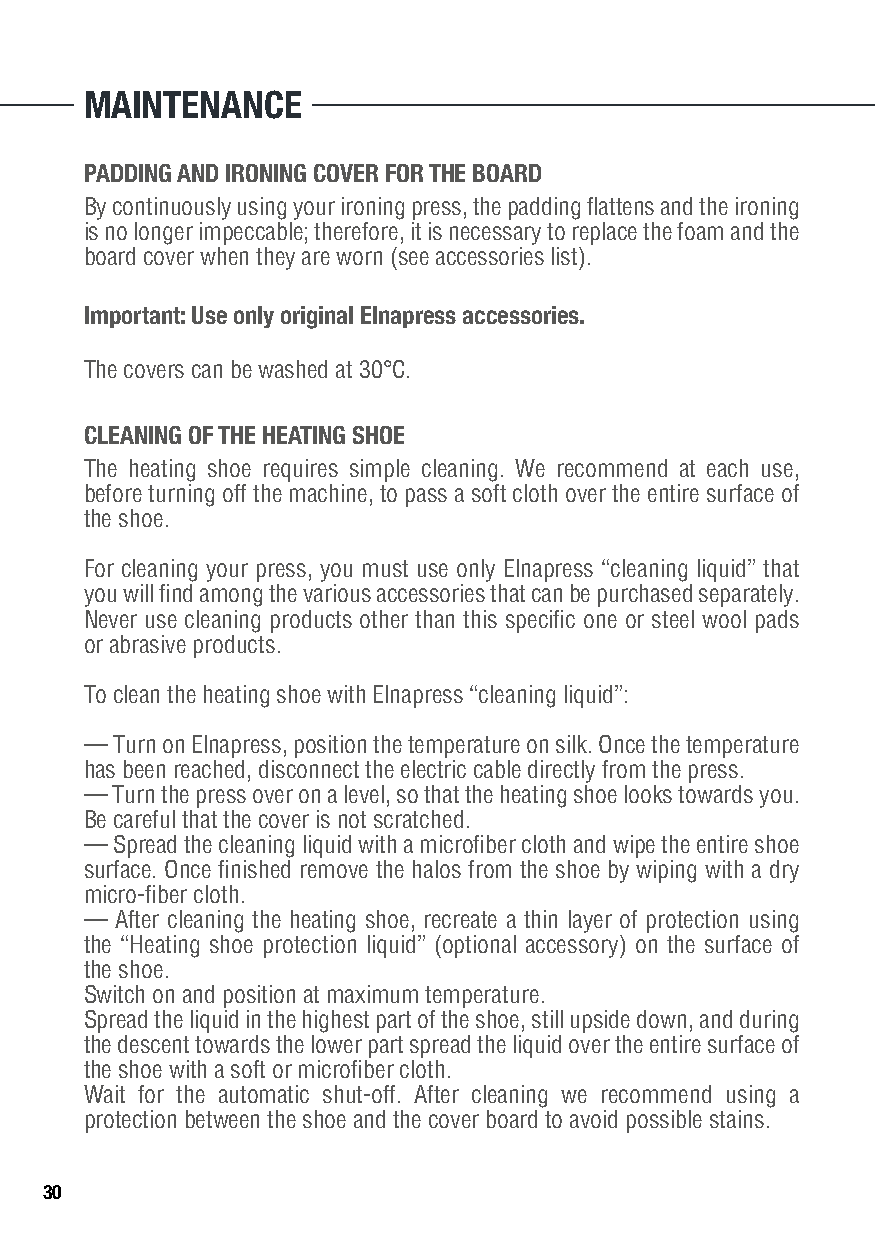
MAINTENANCE
 PADDING AND IRONING COVER FOR THE BOARD
 By continuously using your ironing press, the padding flattens and the ironing
 is no longer impeccable; therefore, it is necessary to replace the foam and the
 board cover when they are worn (see accessories list).
 Important: Use only original Elnapress accessories.
 The covers can be washed at 30°C.
 CLEANING OF THE HEATING SHOE
 The heating shoe requires simple cleaning. We recommend at each use,
 before turning off the machine, to pass a soft cloth over the entire surface of
 the shoe.
 For cleaning your press, you must use only Elnapress “cleaning liquid” that
 you will find among the various accessories that can be purchased separately.
 Never use cleaning products other than this specific one or steel wool pads
 or abrasive products.
 To clean the heating shoe with Elnapress “cleaning liquid”:
 — Turn on Elnapress, position the temperature on silk. Once the temperature
 has been reached, disconnect the electric cable directly from the press.
 — Turn the press over on a level, so that the heating shoe looks towards you.
 Be careful that the cover is not scratched.
 — Spread the cleaning liquid with a microfiber cloth and wipe the entire shoe
 surface. Once finished remove the halos from the shoe by wiping with a dry
 micro-fiber cloth.
 — After cleaning the heating shoe, recreate a thin layer of protection using
 the “Heating shoe protection liquid” (optional accessory) on the surface of
 the shoe.
 Switch on and position at maximum temperature.
 Spread the liquid in the highest part of the shoe, still upside down, and during
 the descent towards the lower part spread the liquid over the entire surface of
 the shoe with a soft or microfiber cloth.
 Wait for the automatic shut-off. After cleaning we recommend using a
 protection between the shoe and the cover board to avoid possible stains.
 30